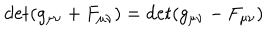
\det ( g _ { \mu \nu } + F _ { \mu \nu } ) = \det ( g _ { \mu \nu } - F _ { \mu \nu } )